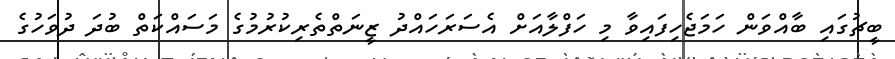
ބީޗުގައި ބާއްވަން ހަމަޖެހިފައިވާ މި ހަފްލާއަށް އެސަރަހައްދު ޒީނަތްތެރިކުރުމުގެ މަސައްކަތް ބުދަ ދުވަހުގެ